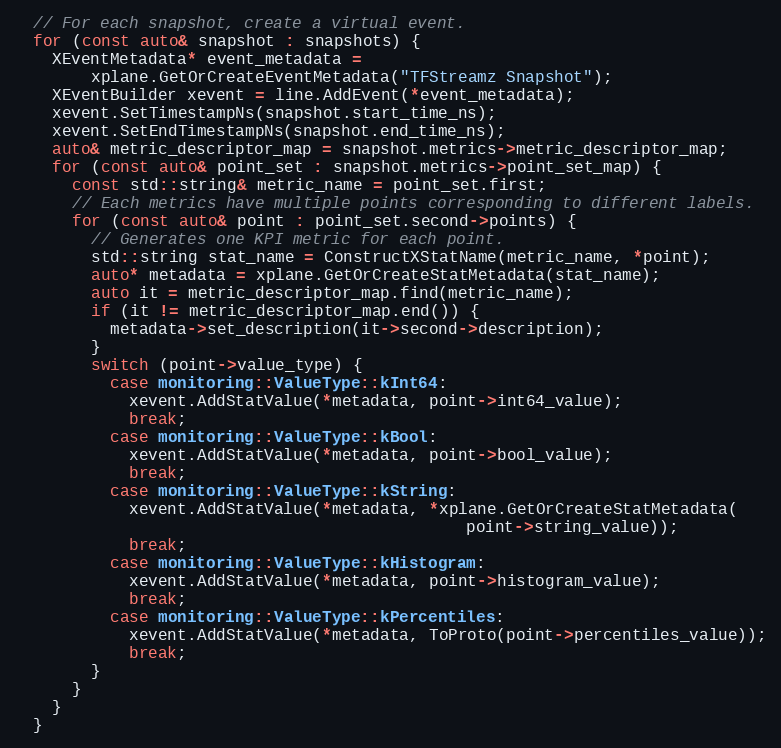
Language: C++
  // For each snapshot, create a virtual event.
  for (const auto& snapshot : snapshots) {
    XEventMetadata* event_metadata =
        xplane.GetOrCreateEventMetadata("TFStreamz Snapshot");
    XEventBuilder xevent = line.AddEvent(*event_metadata);
    xevent.SetTimestampNs(snapshot.start_time_ns);
    xevent.SetEndTimestampNs(snapshot.end_time_ns);
    auto& metric_descriptor_map = snapshot.metrics->metric_descriptor_map;
    for (const auto& point_set : snapshot.metrics->point_set_map) {
      const std::string& metric_name = point_set.first;
      // Each metrics have multiple points corresponding to different labels.
      for (const auto& point : point_set.second->points) {
        // Generates one KPI metric for each point.
        std::string stat_name = ConstructXStatName(metric_name, *point);
        auto* metadata = xplane.GetOrCreateStatMetadata(stat_name);
        auto it = metric_descriptor_map.find(metric_name);
        if (it != metric_descriptor_map.end()) {
          metadata->set_description(it->second->description);
        }
        switch (point->value_type) {
          case monitoring::ValueType::kInt64:
            xevent.AddStatValue(*metadata, point->int64_value);
            break;
          case monitoring::ValueType::kBool:
            xevent.AddStatValue(*metadata, point->bool_value);
            break;
          case monitoring::ValueType::kString:
            xevent.AddStatValue(*metadata, *xplane.GetOrCreateStatMetadata(
                                               point->string_value));
            break;
          case monitoring::ValueType::kHistogram:
            xevent.AddStatValue(*metadata, point->histogram_value);
            break;
          case monitoring::ValueType::kPercentiles:
            xevent.AddStatValue(*metadata, ToProto(point->percentiles_value));
            break;
        }
      }
    }
  }